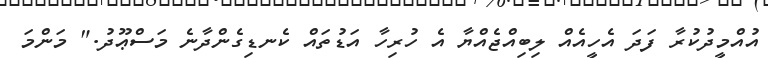
އުއްމީދުކުރާ ފަދަ އެހީއެއް ލިބިއްޖެއްޔާ އެ ހުރިހާ އަޑުތައް ކެނޑިގެންދާނެ މަސްޢޫދު." މަންމަ